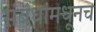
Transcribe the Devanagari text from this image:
संबंधांमधूनच